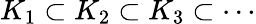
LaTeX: K_{1}\subset K_{2}\subset K_{3}\subset\cdots